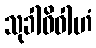
သုခါဓိဝါဟံ